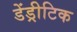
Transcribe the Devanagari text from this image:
डेंड्रीटिक